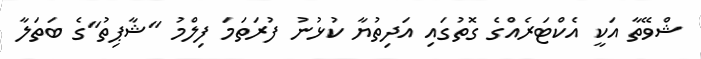
ޝްވޭތާ އަކީ އެކްޓަރެއްގެ ގޮތުގައި އަދިތުޔާ ކުޅުނު ފުރަތަމަ ފިލްމު "ޝާޕިތު"ގެ ބަތަލާ